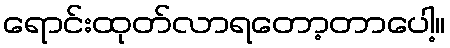
ရောင်းထုတ်လာရတော့တာပေါ့။